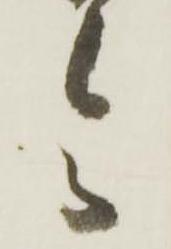
令